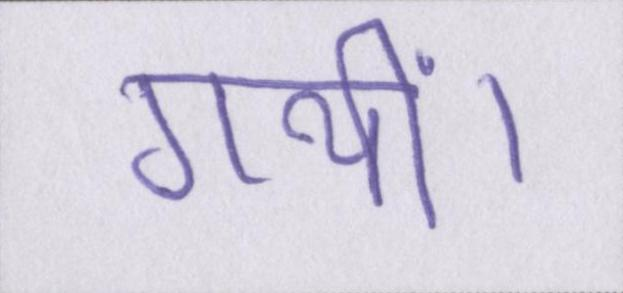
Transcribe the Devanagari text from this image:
गयीं।